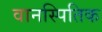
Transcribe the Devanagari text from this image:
वानस्पितिक